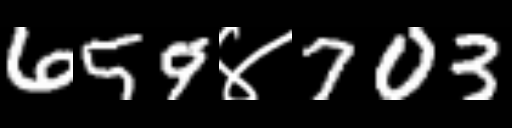
Text: 659४703